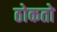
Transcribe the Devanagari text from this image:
ठोकतो